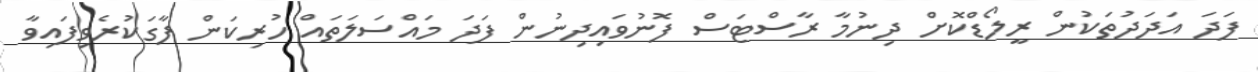
ފަދަ އަަދަދުތަކުން ރީލޯޑްކޮށް ދިނުމާ ރާސްޓަސް ފޮނުވައިދިނުން ފަދަ މައްސަލަތައް ހުރިކަަން ފާގަކުރެވިފައިވާ